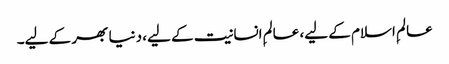
عالمِ اسلام کے لیے، عالمِ انسانیت کے لیے، دنیا بھر کے لیے۔